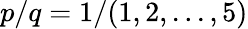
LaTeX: p/q=1/(1,2,...,5)